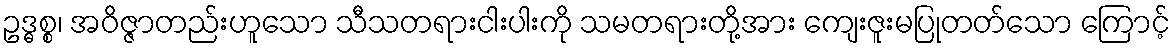
ဥဒ္ဓစ္စ၊ အဝိဇ္ဇာတည်းဟူသော သီသတရားငါးပါးကို သမတရားတို့အား ကျေးဇူးမပြုတတ်သော ကြောင့်